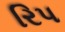
રિપ